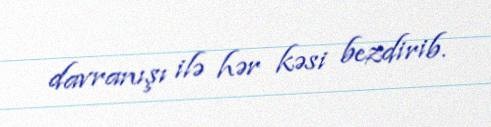
davranışı ilə hər kəsi bezdirib.